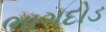
ભાગદોડ